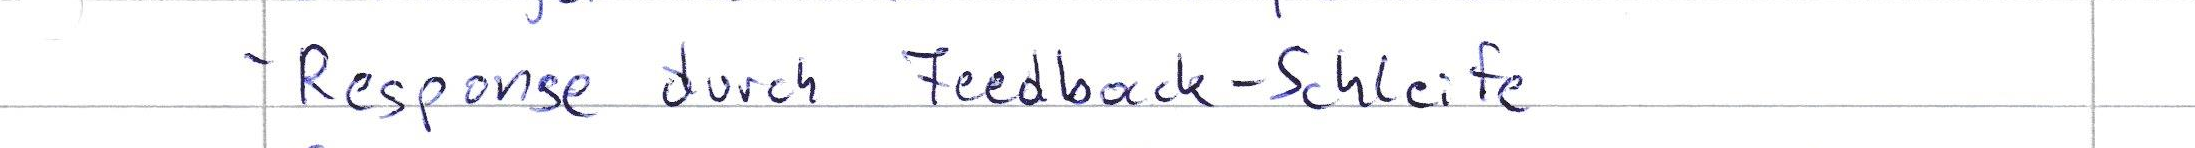
- Response durch Feedback-Schleife